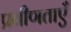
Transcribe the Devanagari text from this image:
प्रवीणताएँ